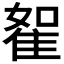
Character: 𨾵